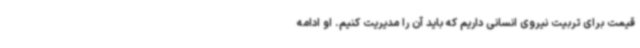
قیمت برای تربیت نیروی انسانی داریم که باید آن را مدیریت کنیم. او ادامه